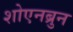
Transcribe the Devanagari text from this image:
शोएनब्रुन